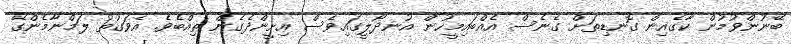
ބޭނުންވުމުން ކާގެއިން ގޮނޑިތަށް ގެނެސް އެއްބައިމީހުން އުނދޯލީގައިވެސް އިށީންދެގެން ތިއްބެވެ. އެވަގުތު ލަމްނާމެންގޭ